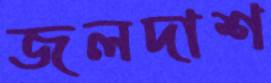
জলদাশ